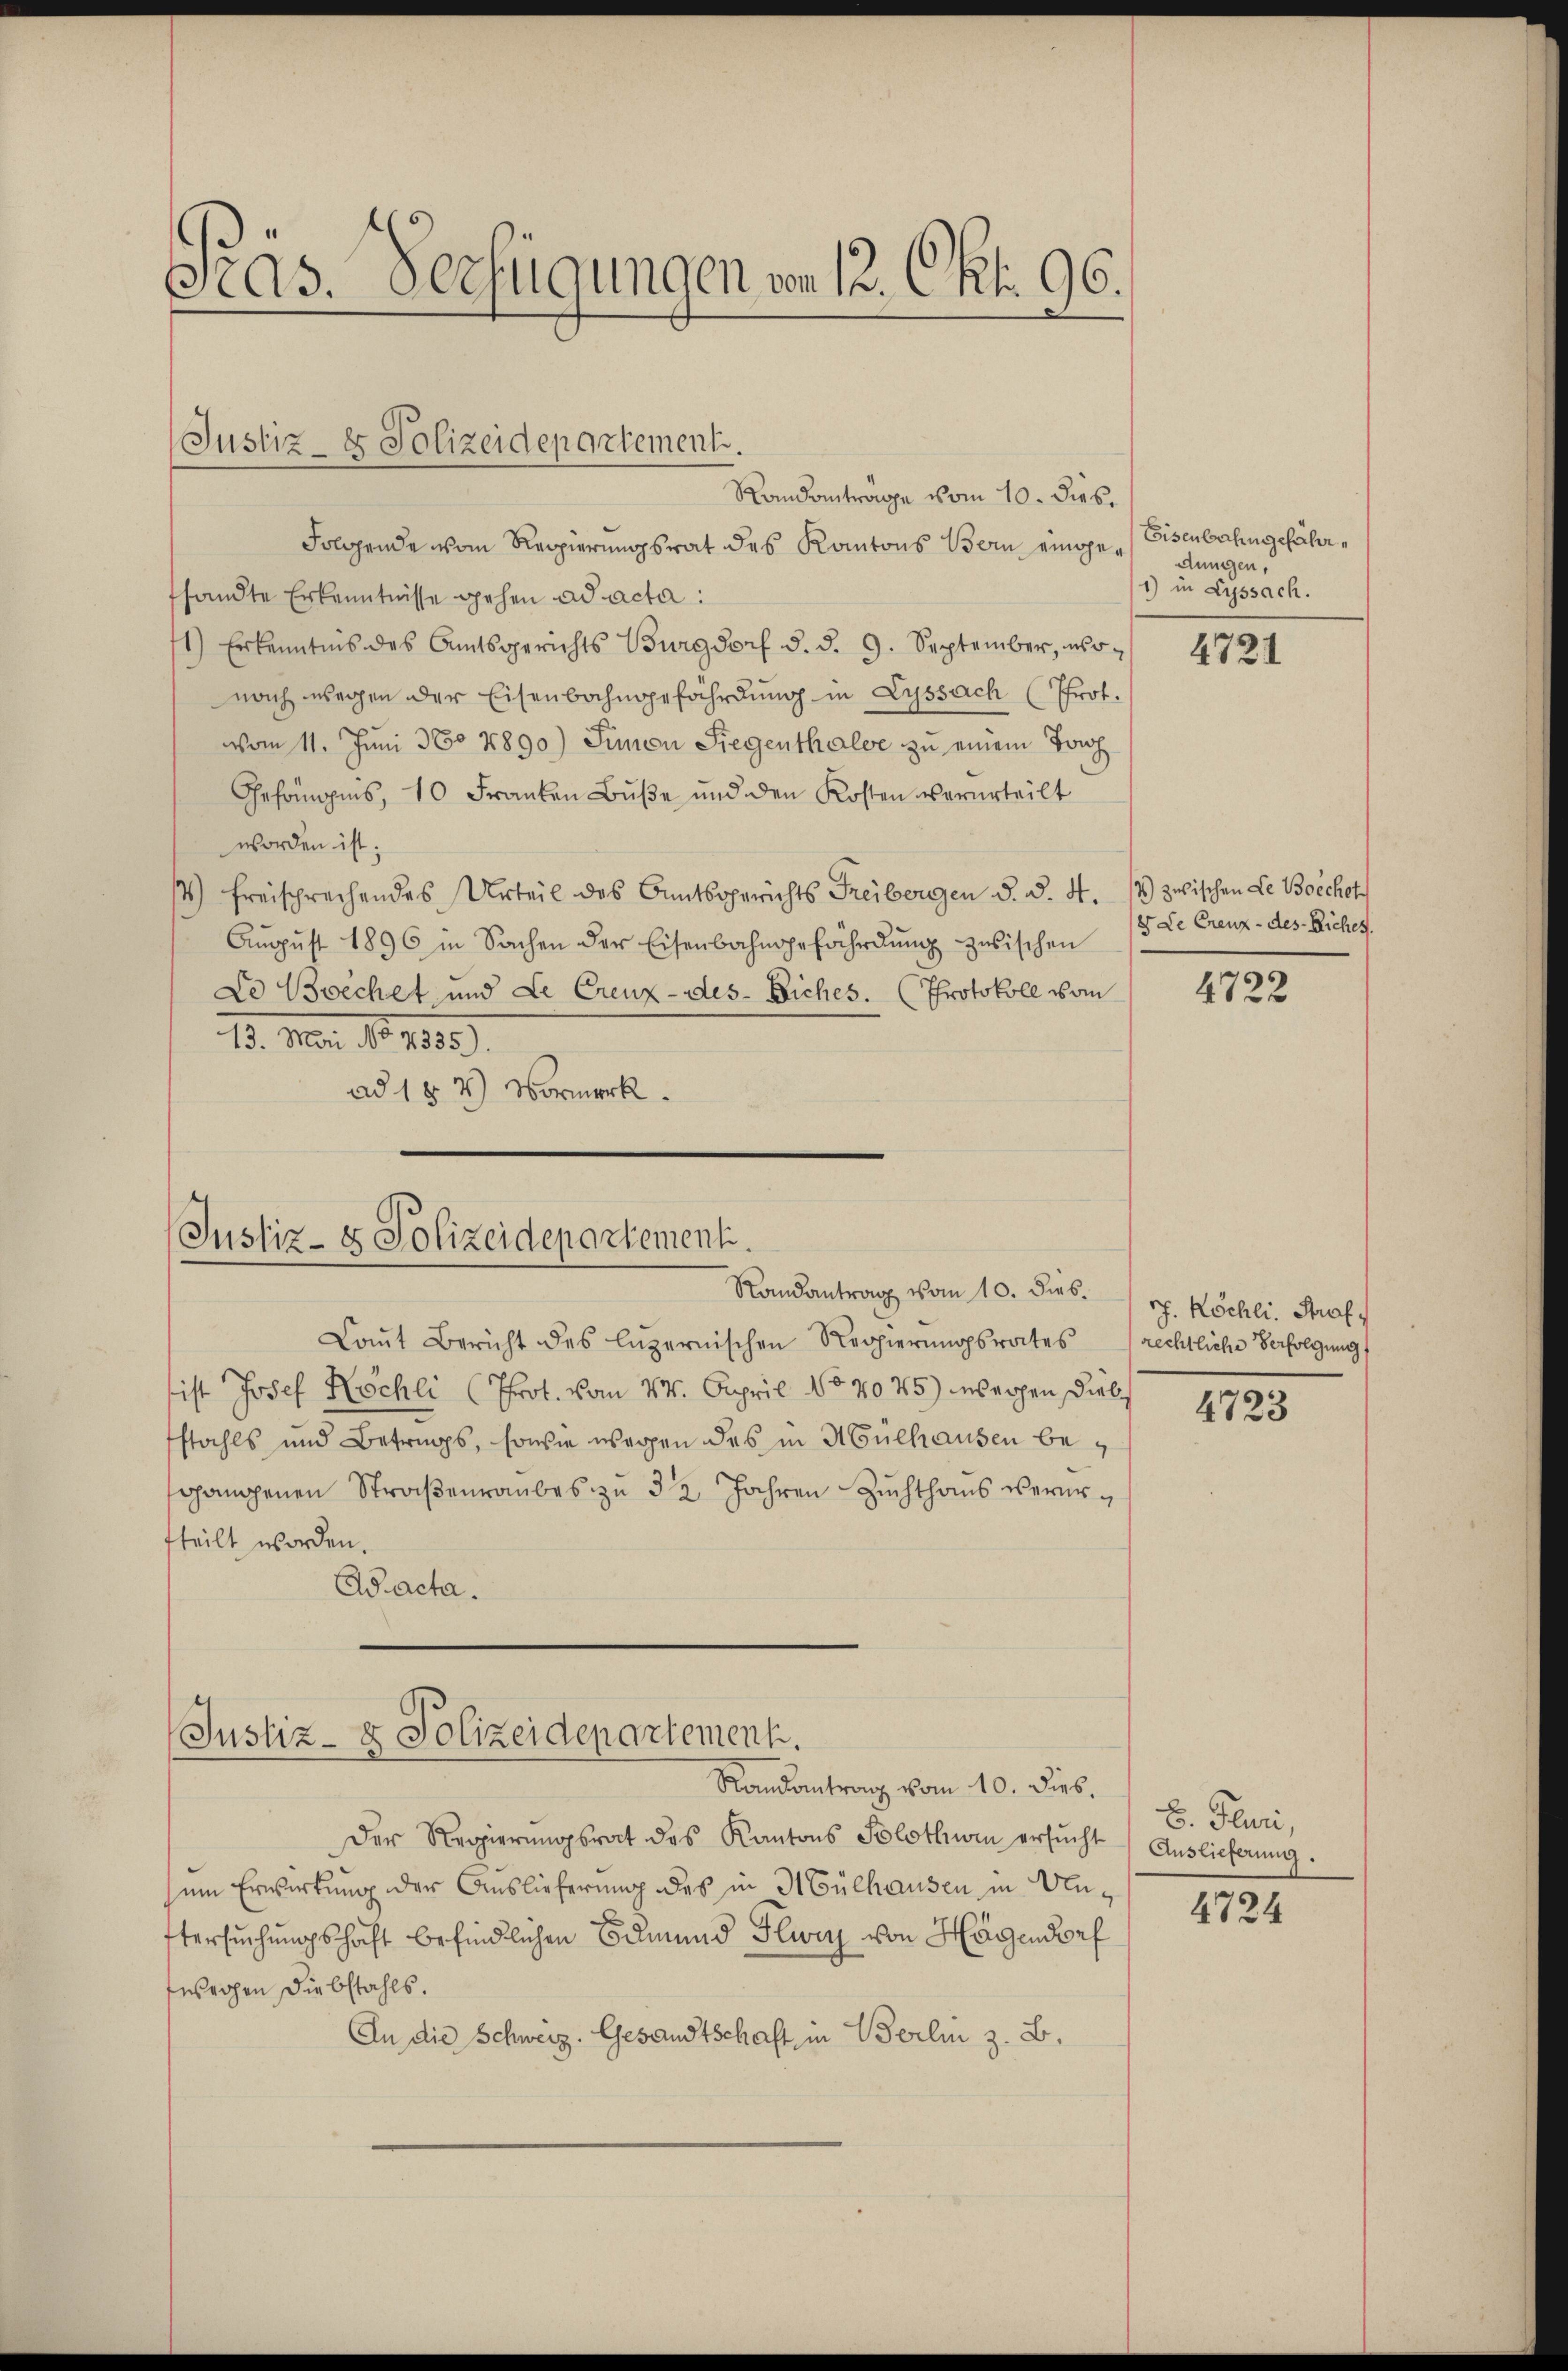
Präs. Verfügungen vom 13. Okt. 96.

Justiz- & Polizeidepartement.

Randanträge vom 10. dies
Folgende vom Regierungsrat des Kantons Bern eingefsandte Erkenntnisse gehen ad acta:
1) Erkenntnis des Amtsgerichts Burgdorf d. d. 9. September, wo-
nach wegen der Eisenbahngefährdung in Lyssach (Prot.
vom 11. Juni 360 1890.) Simon Siegenthaler zu einem Tonh
Gefängnis, 10 Franken Buße und den Kosten verurteilt
worden ist;
14) Freisprechendes Urteil des Amtsgerichts Freiborgen d. d. 4. 14) zwischen Le Boechot
Aŭgŭst 1896 in Sachen der Eisenbahngefährdŭng zwischen
Lo Boechet und Le Creuz-des- Biches. (Protokoll vom
11. Mar. No 1283).
ad 1 § 7) Vormerk

Justiz- & Polizeidepartementi.
Randantrag vom 10. dies

Laut Bericht des luzernischen Regierungsrates rechtliche Verfolgung
ist Josef Köchli (Prot. vom 14. April No 7075) erhen Diels
stahls und Betrags, sowie wegen des in Mülhausen besgangenen Straβenraubes zŭ 32 Jahren Zŭchthaŭs verurfteilt worden.
Aacta.
Randantrag vom 10. Dieb.
Der Regierungsrat des Kantons Solothurm ersŭcht
sum Erwirkung der Auslieferung des in Mülhausen in Unftersuchungshaft befindlichen Edmund Flury von Hagendorf
fwochen Diebstahls.
An die Schweiz. Gesandtschaft in Berlin z. B.

Justiz- & Polizeidepartement.

Eisenbahn gefährdungen,
1) in Lyssach.

4721

8 Le Creuz- des Biches.

4722

J. Köchli. Straf

4723

E. Fluri,
Auslieferung.

4724